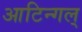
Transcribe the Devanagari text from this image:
आटिन्गल्